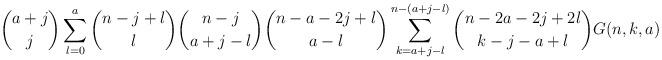
LaTeX: \begin{align*}\binom{a+j}{j}\sum_{l=0}^{a}\binom{n-j+l}{l}\binom{n-j}{a+j-l}\binom{n-a-2j+l}{a-l}\sum_{k=a+j-l}^{n-(a+j-l)}\binom{n-2a-2j+2l}{k-j-a+l}G(n,k,a)\end{align*}